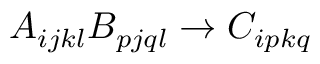
A _ { i j k l } B _ { p j q l } \to C _ { i p k q }